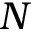
N